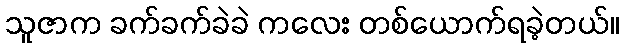
သူဇာက ခက်ခက်ခဲခဲ ကလေး တစ်ယောက်ရခဲ့တယ်။